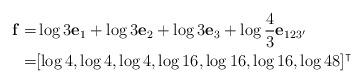
LaTeX: \begin{align*}\mathbf{f}=&\log 3 \mathbf{e}_1+\log 3\mathbf{e}_2+\log 3\mathbf{e}_3+\log \frac{4}{3} \mathbf{e}_{123'}\\=&[\log 4,\log 4,\log 4,\log 16,\log 16,\log 16,\log 48]^\intercal\end{align*}